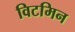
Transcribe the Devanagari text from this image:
विटमिन